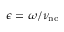
\epsilon = \omega / \nu _ { \mathrm { n c } }